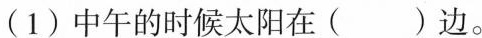
(1) 中午的时候太阳在( )边。